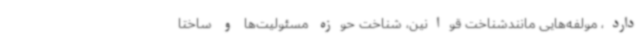
دارد، مولفه‌هایی مانندشناخت قوانین، شناخت حوزه مسئولیت‌ها و ساختا